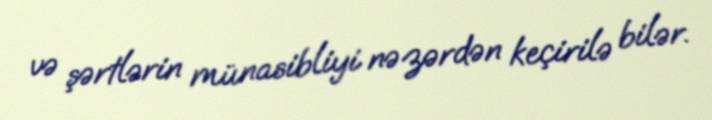
və şərtlərin münasibliyi nəzərdən keçirilə bilər.